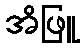
အိဖြူ